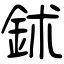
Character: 鉥